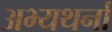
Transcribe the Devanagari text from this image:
अभ्यथर्ना